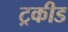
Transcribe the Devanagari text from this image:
ट्रकीड